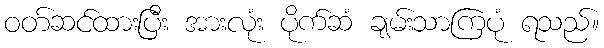
ဝတ်ဆင်ထားပြီး အားလုံး ပိုက်ဆံ ချမ်းသာကြပုံ ရသည်။